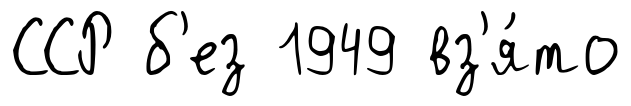
ССР б'ез 1949 вз'я́то